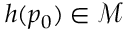
h ( p _ { 0 } ) \in \mathcal { M }